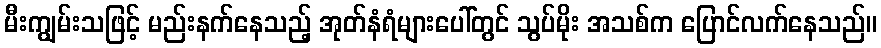
မီးကျွမ်းသဖြင့် မည်းနက်နေသည့် အုတ်နံရံများပေါ်တွင် သွပ်မိုး အသစ်က ပြောင်လက်နေသည်။